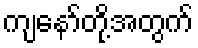
ကျနော်တို့အတွက်